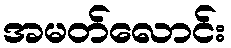
အမတ်လောင်း